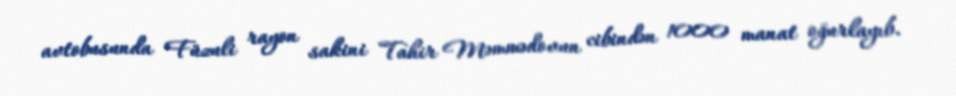
avtobusunda Füzuli rayon sakini Tahir Məmmədovun cibindən 1000 manat oğurlayıb.